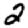
Digit: 2